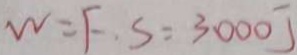
W = F . S = 3 0 0 0 J